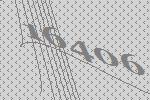
16406